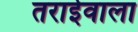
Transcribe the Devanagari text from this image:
तराईवाला